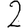
Digit: 2